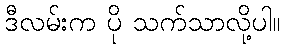
ဒီလမ်းက ပို သက်သာလို့ပါ။